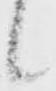
候